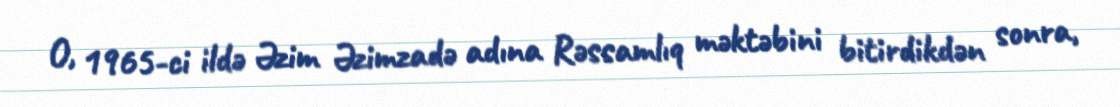
O, 1965-ci ildə Əzim Əzimzadə adına Rəssamlıq məktəbini bitirdikdən sonra,